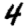
Digit: 4